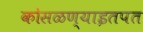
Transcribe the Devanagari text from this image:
कोसळण्याइतपत